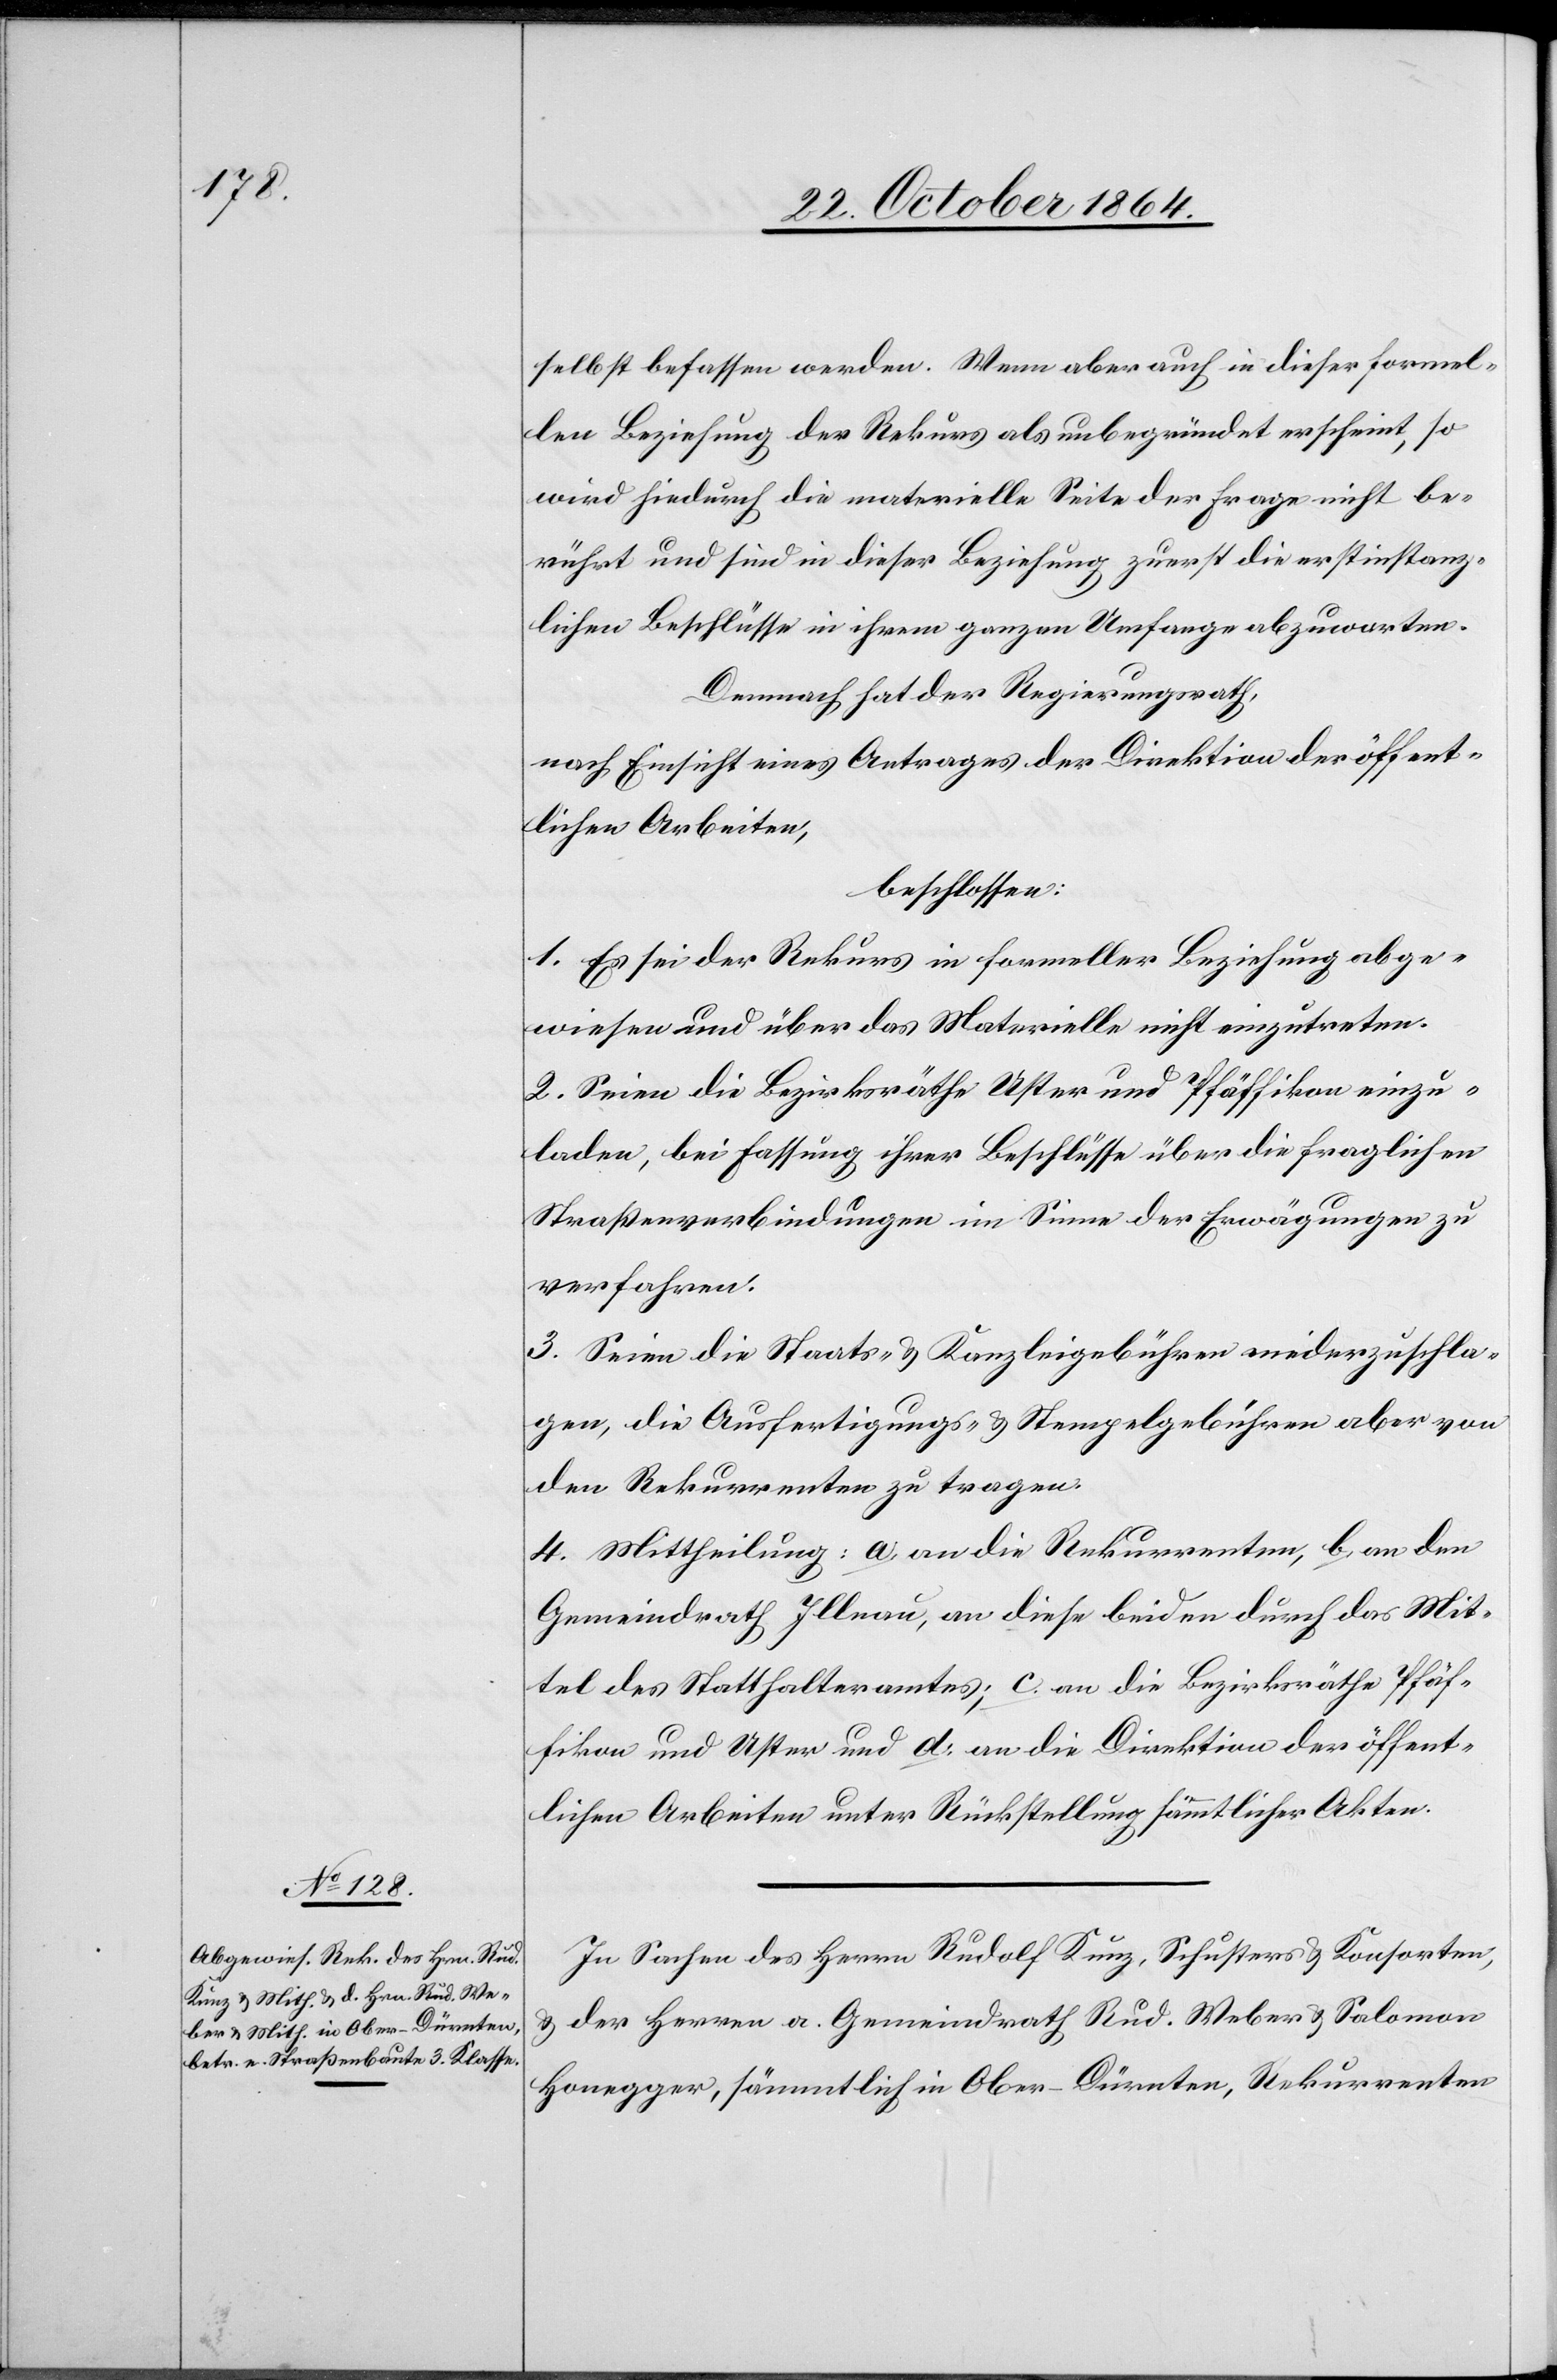
selbst befassen werden. Wenn aber auch in dieser formel¬
len Beziehung der Rekurs als unbegründet erscheint, so
wird hiedurch die materielle Seite der Frage nicht be¬
rührt und sind in dieser Beziehung zuerst die erstinstanz¬
lichen Beschlüsse in ihrem ganzen Umfange abzuwarten.
Demnach hat der Regierungsrath,
nach Einsicht eines Antrages der Direktion der öffent¬
lichen Arbeiten,
beschlossen:
1. Es sei der Rekurs in formeller Beziehung abge¬
wiesen und über das Materielle nicht einzutreten.
2. Seien die Bezirksräthe Uster und Pfäffikon einzu¬
laden, bei Fassung ihrer Beschlüsse über die fraglichen
Straßenverbindungen im Sinne der Erwägungen zu
verfahren.
3. Seien die Staats- & Kanzleigebühren niederzuschla¬
gen, die Ausfertigungs- & Stempelgebühren aber von
den Rekurrenten zu tragen.
4. Mittheilung: a. an die Rekurrenten, b. an den
Gemeindrath Illnau, an diese beiden durch das Mit¬
tel des Statthalteramtes; c. an die Bezirksräthe Pfäf¬
fikon und Uster und d. an die Direktion der öffent¬
lichen Arbeiten unter Rückstellung sämmtlicher Akten.
In Sachen des Herrn Rudolf Kunz, Schuster & Konsorten,
& der Herren a. Gemeindrath Rud. Weber & Salomon
Honegger, sämmtlich in Ober-Dürnten, Rekurrenten